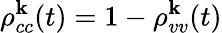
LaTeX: \rho_{cc}^{\textbf{k}}(t)=1-\rho_{vv}^{\textbf{k}}(t)